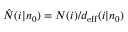
\hat { N } ( i | n _ { 0 } ) = N ( i ) / d _ { \mathrm { e f f } } ( i | n _ { 0 } )